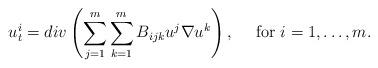
LaTeX: \begin{align*}u^i_t=div \left(\sum_{j=1}^m\sum_{k=1}^m B_{ijk} u^j \nabla u^k\right),\quad\mbox{ for } i=1,\ldots,m.\end{align*}